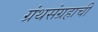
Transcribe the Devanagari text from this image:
ग्रंथसंग्रहाची